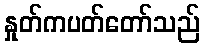
နှုတ်ကပတ်တော်သည်